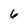
Character: 6